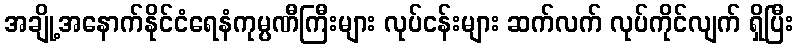
အချို့အနောက်နိုင်ငံရေနံကုမ္ပဏီကြီးများ လုပ်ငန်းများ ဆက်လက် လုပ်ကိုင်လျက် ရှိပြီး